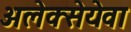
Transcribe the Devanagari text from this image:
अलेक्सेयेवा